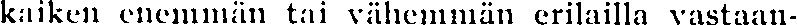
kaiken enemmän tai vähemmän erilailla vastaan-